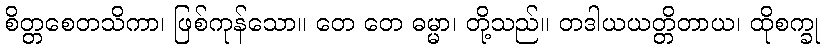
စိတ္တစေတသိကာ၊ ဖြစ်ကုန်သော။ တေ တေ ဓမ္မာ၊ တို့သည်။ တဒါယယတ္တိတာယ၊ ထိုစက္ခု